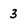
Character: 3